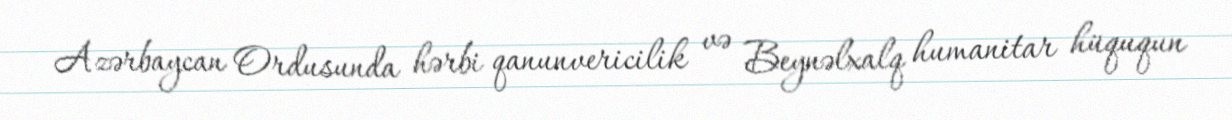
Azərbaycan Ordusunda hərbi qanunvericilik və Beynəlxalq humanitar hüququn